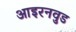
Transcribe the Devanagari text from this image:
आइरनवुड